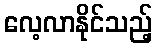
လေ့လာနိုင်သည့်